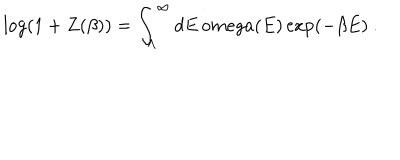
\log ( 1 + Z ( \beta ) ) = \int _ { \Lambda } ^ { \infty } d E \, o m e g a ( E ) \exp ( - \beta E ) \ .